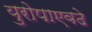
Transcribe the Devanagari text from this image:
युरोपाएवढे